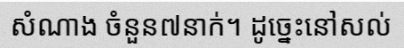
សំណាង ចំនួន៧នាក់។ ដូច្នេះនៅសល់